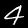
Label: 4